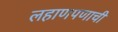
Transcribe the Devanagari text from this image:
लहाणपणाची